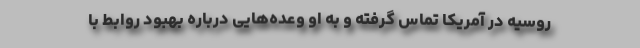
روسیه در آمریکا تماس گرفته و به او وعده‌هایی درباره بهبود روابط با